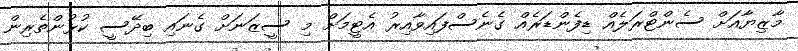
މާޒިޔާއަށް ސެންޓްރަލެއް ޑިފެންޑަރެއް ގެނެސްފައިވާއިރު އެޓީމަށް މި ސީޒަނަށް ގެނައި ބިދޭސީ ކުޅުންތެރިން